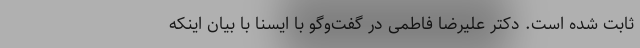
ثابت شده است. دکتر علیرضا فاطمی در گفت‌وگو با ایسنا با بیان اینکه